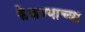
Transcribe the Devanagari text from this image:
फेकण्याच्या